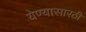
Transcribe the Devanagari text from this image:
येण्यासारठी